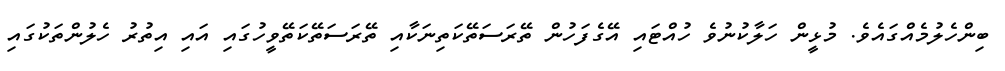
ބިންހެލުމެއްގައެވެ. މުޅީން ހަލާކުނުވެ ހުއްޓައި އޭގެފަހުން ތޭރަސަތޭކަތިނަކާއި ތޭރަސަތޭކަތޭވީހުގައި އައި އިތުރު ހެލުންތަކުގައި